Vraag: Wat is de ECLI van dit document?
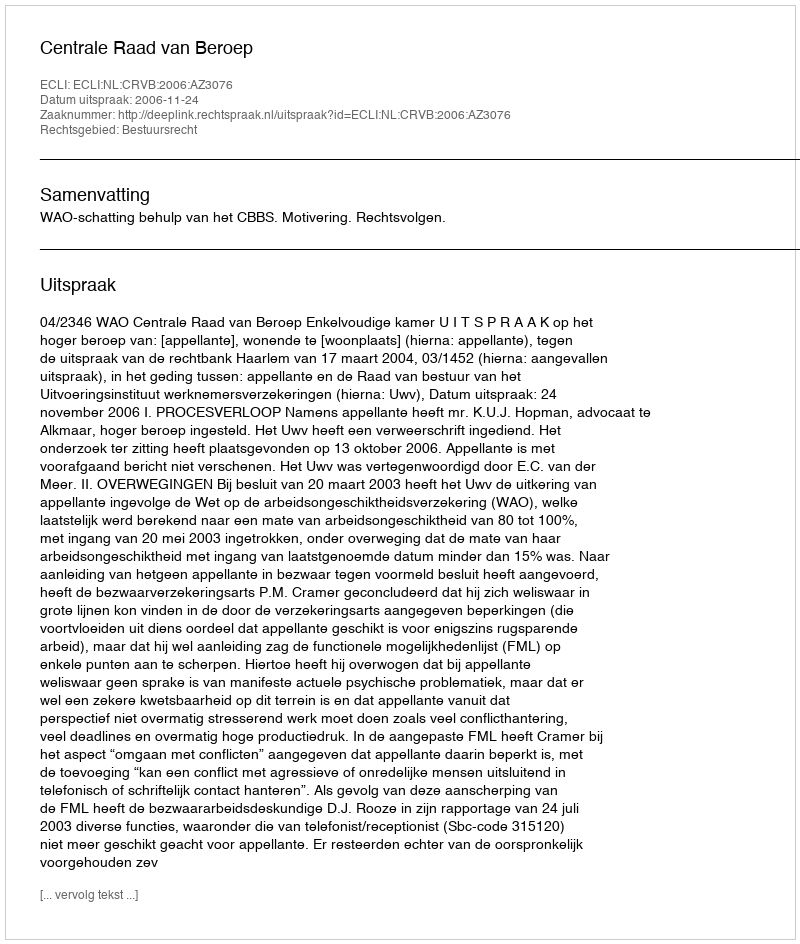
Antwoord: ECLI:NL:CRVB:2006:AZ3076